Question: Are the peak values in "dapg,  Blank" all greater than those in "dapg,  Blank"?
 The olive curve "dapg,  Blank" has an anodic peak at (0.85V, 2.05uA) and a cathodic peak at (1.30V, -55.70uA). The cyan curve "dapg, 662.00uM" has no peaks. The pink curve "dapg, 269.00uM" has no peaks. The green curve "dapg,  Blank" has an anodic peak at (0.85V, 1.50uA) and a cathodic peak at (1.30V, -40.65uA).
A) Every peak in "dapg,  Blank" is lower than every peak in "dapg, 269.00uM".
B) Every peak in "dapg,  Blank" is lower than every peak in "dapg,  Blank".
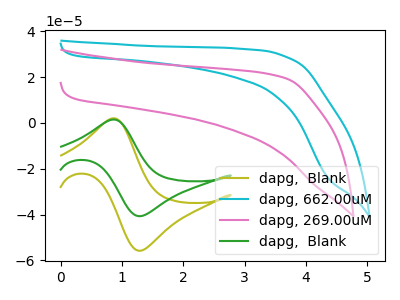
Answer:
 <answer>B) Every peak in "dapg,  Blank" is lower than every peak in "dapg,  Blank".</answer>
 <eval>B</eval>